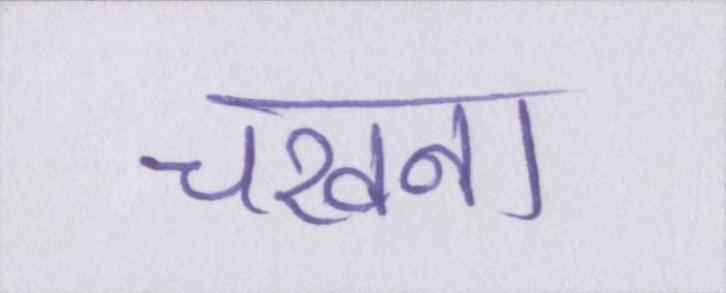
चखना